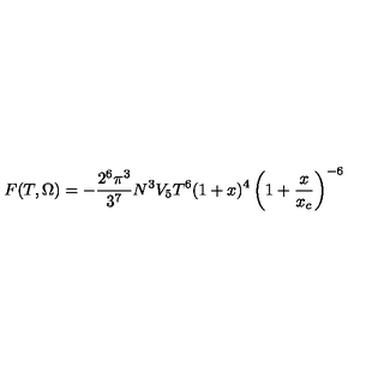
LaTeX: F ( T , \Omega ) = - \frac { 2 ^ { 6 } \pi ^ { 3 } } { 3 ^ { 7 } } N ^ { 3 } V _ { 5 } T ^ { 6 } ( 1 + x ) ^ { 4 } \left( 1 + \frac { x } { x _ { c } } \right) ^ { - 6 }